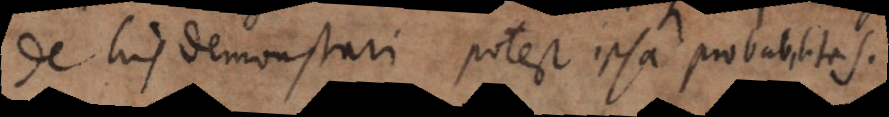
de his demonstrari potest ipsa probabilitas.